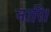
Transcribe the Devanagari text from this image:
नारि।